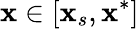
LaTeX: \mathbf{x}\in[\mathbf{x}_{s},\mathbf{x}^{*}]